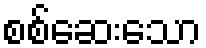
စစ်ဆေးသော